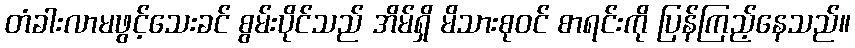
တံခါးလာမဖွင့်သေးခင် စွမ်းပိုင်သည် အိမ်ရှိ မိသားစုဝင် စာရင်းကို ပြန်ကြည့်နေသည်။